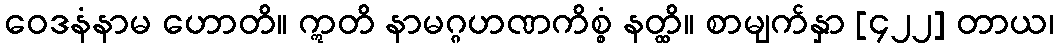
ဝေဒနံနာမ ဟောတိ။ ဣတိ နာမဂ္ဂဟဏကိစ္စံ နတ္ထိ။ စာမျက်နှာ [၄၂၂] တာယ၊